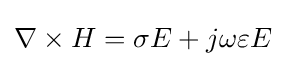
\nabla \times H=\sigma E+j\omega \varepsilon E